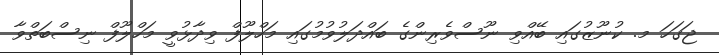
ޖަގަހަ މ. ކުނޫޒުގައި ބޭއްވި ނޫސްވެރިންގެ ބައްދަލުވުމުގައި މަހްލޫފް ވިދާޅުވީ މަހްލޫފް ނިސްބަތްވާ